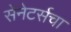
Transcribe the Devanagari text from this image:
सेनेटर्सचा